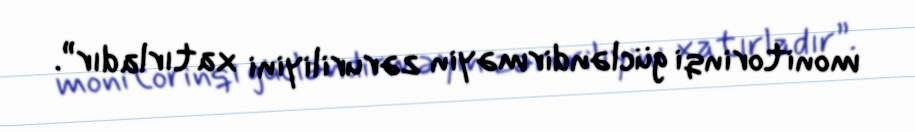
monitorinqi gücləndirməyin zəruriliyini xatırladır”.